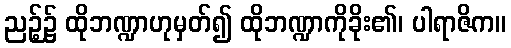
ညဉ့်၌ ထိုဘဏ္ဍာဟုမှတ်၍ ထိုဘဏ္ဍာကိုခိုး၏၊ ပါရာဇိက။